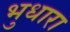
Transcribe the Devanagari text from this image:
भुधारा